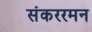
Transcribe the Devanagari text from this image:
संकररमन